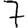
Digit: 7